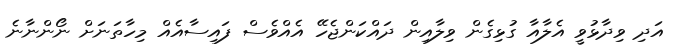
އަދި ވިދާޅުވީ އެލާއާ ގުޅިގެން ވިލާއިން ދައްކަންޖެހޭ އެއްވެސް ފައިސާއެއް މިހާތަނަށް ނޯންނާނެ